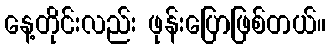
နေ့တိုင်းလည်း ဖုန်းပြောဖြစ်တယ်။